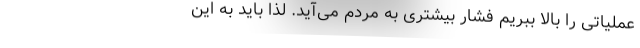
عملیاتی را بالا ببریم فشار بیشتری به مردم می‌آید. لذا باید به این